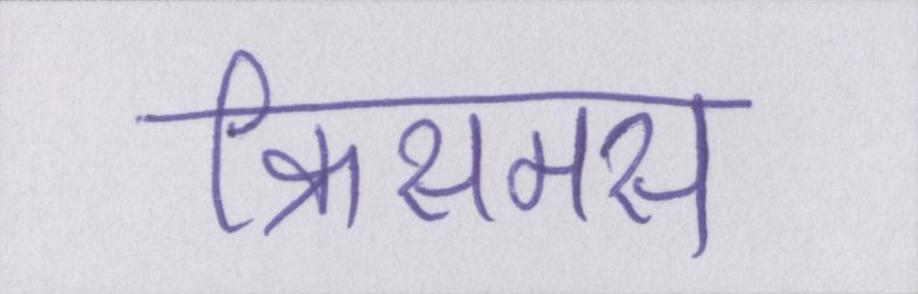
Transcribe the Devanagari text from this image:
क्रिसमस